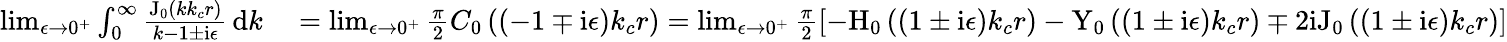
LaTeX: \begin{array}{rl}{\operatorname*{lim}_{\epsilon\rightarrow 0^{+}}\int_{0}^{\infty}\frac{\mathrm{J}_{0}(kk_{c}r)}{k-1\pm\mathrm{i}\epsilon}\, \mathrm{d}k}&{{}=\operatorname*{lim}_{\epsilon\rightarrow 0^{+}}\frac{\pi}{2}C_{0}\left(\left(-1\mp\mathrm{i}\epsilon\right)k_{c}r\right)=\operatorname*{lim}_{\epsilon\rightarrow 0^{+}}\frac{\pi}{2}\left[-\mathrm{H}_{0}\left(\left(1\pm\mathrm{i}\epsilon\right)k_{c}r\right)-\mathrm{Y}_{0}\left(\left(1\pm\mathrm{i}\epsilon\right)k_{c}r\right)\mp 2\mathrm{i}\mathrm{J}_{0}\left(\left(1\pm\mathrm{i}\epsilon\right)k_{c}r\right)\right]}\end{array}